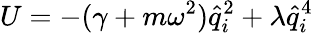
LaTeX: U=-(\gamma+m\omega^{2})\hat{q}_{i}^{2}+\lambda\hat{q}_{i}^{4}